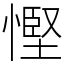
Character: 慳